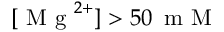
[ \mathrm { ~ M ~ g ~ } ^ { 2 + } ] > 5 0 \, \mathrm { ~ m ~ M ~ }